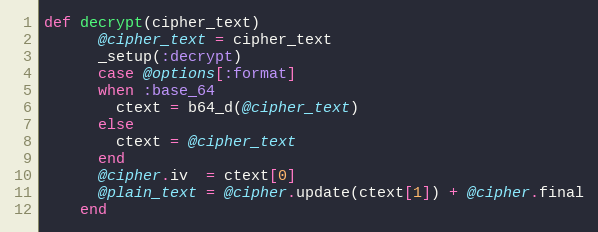
Language: Ruby
def decrypt(cipher_text)
      @cipher_text = cipher_text
      _setup(:decrypt)
      case @options[:format]
      when :base_64
        ctext = b64_d(@cipher_text)
      else
        ctext = @cipher_text
      end
      @cipher.iv  = ctext[0]
      @plain_text = @cipher.update(ctext[1]) + @cipher.final
    end